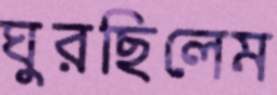
ঘুরছিলেম